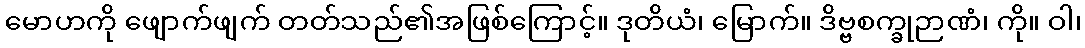
မောဟကို ဖျောက်ဖျက် တတ်သည်၏အဖြစ်ကြောင့်။ ဒုတိယံ၊ မြောက်။ ဒိဗ္ဗစက္ခုဉာဏံ၊ ကို။ ဝါ၊